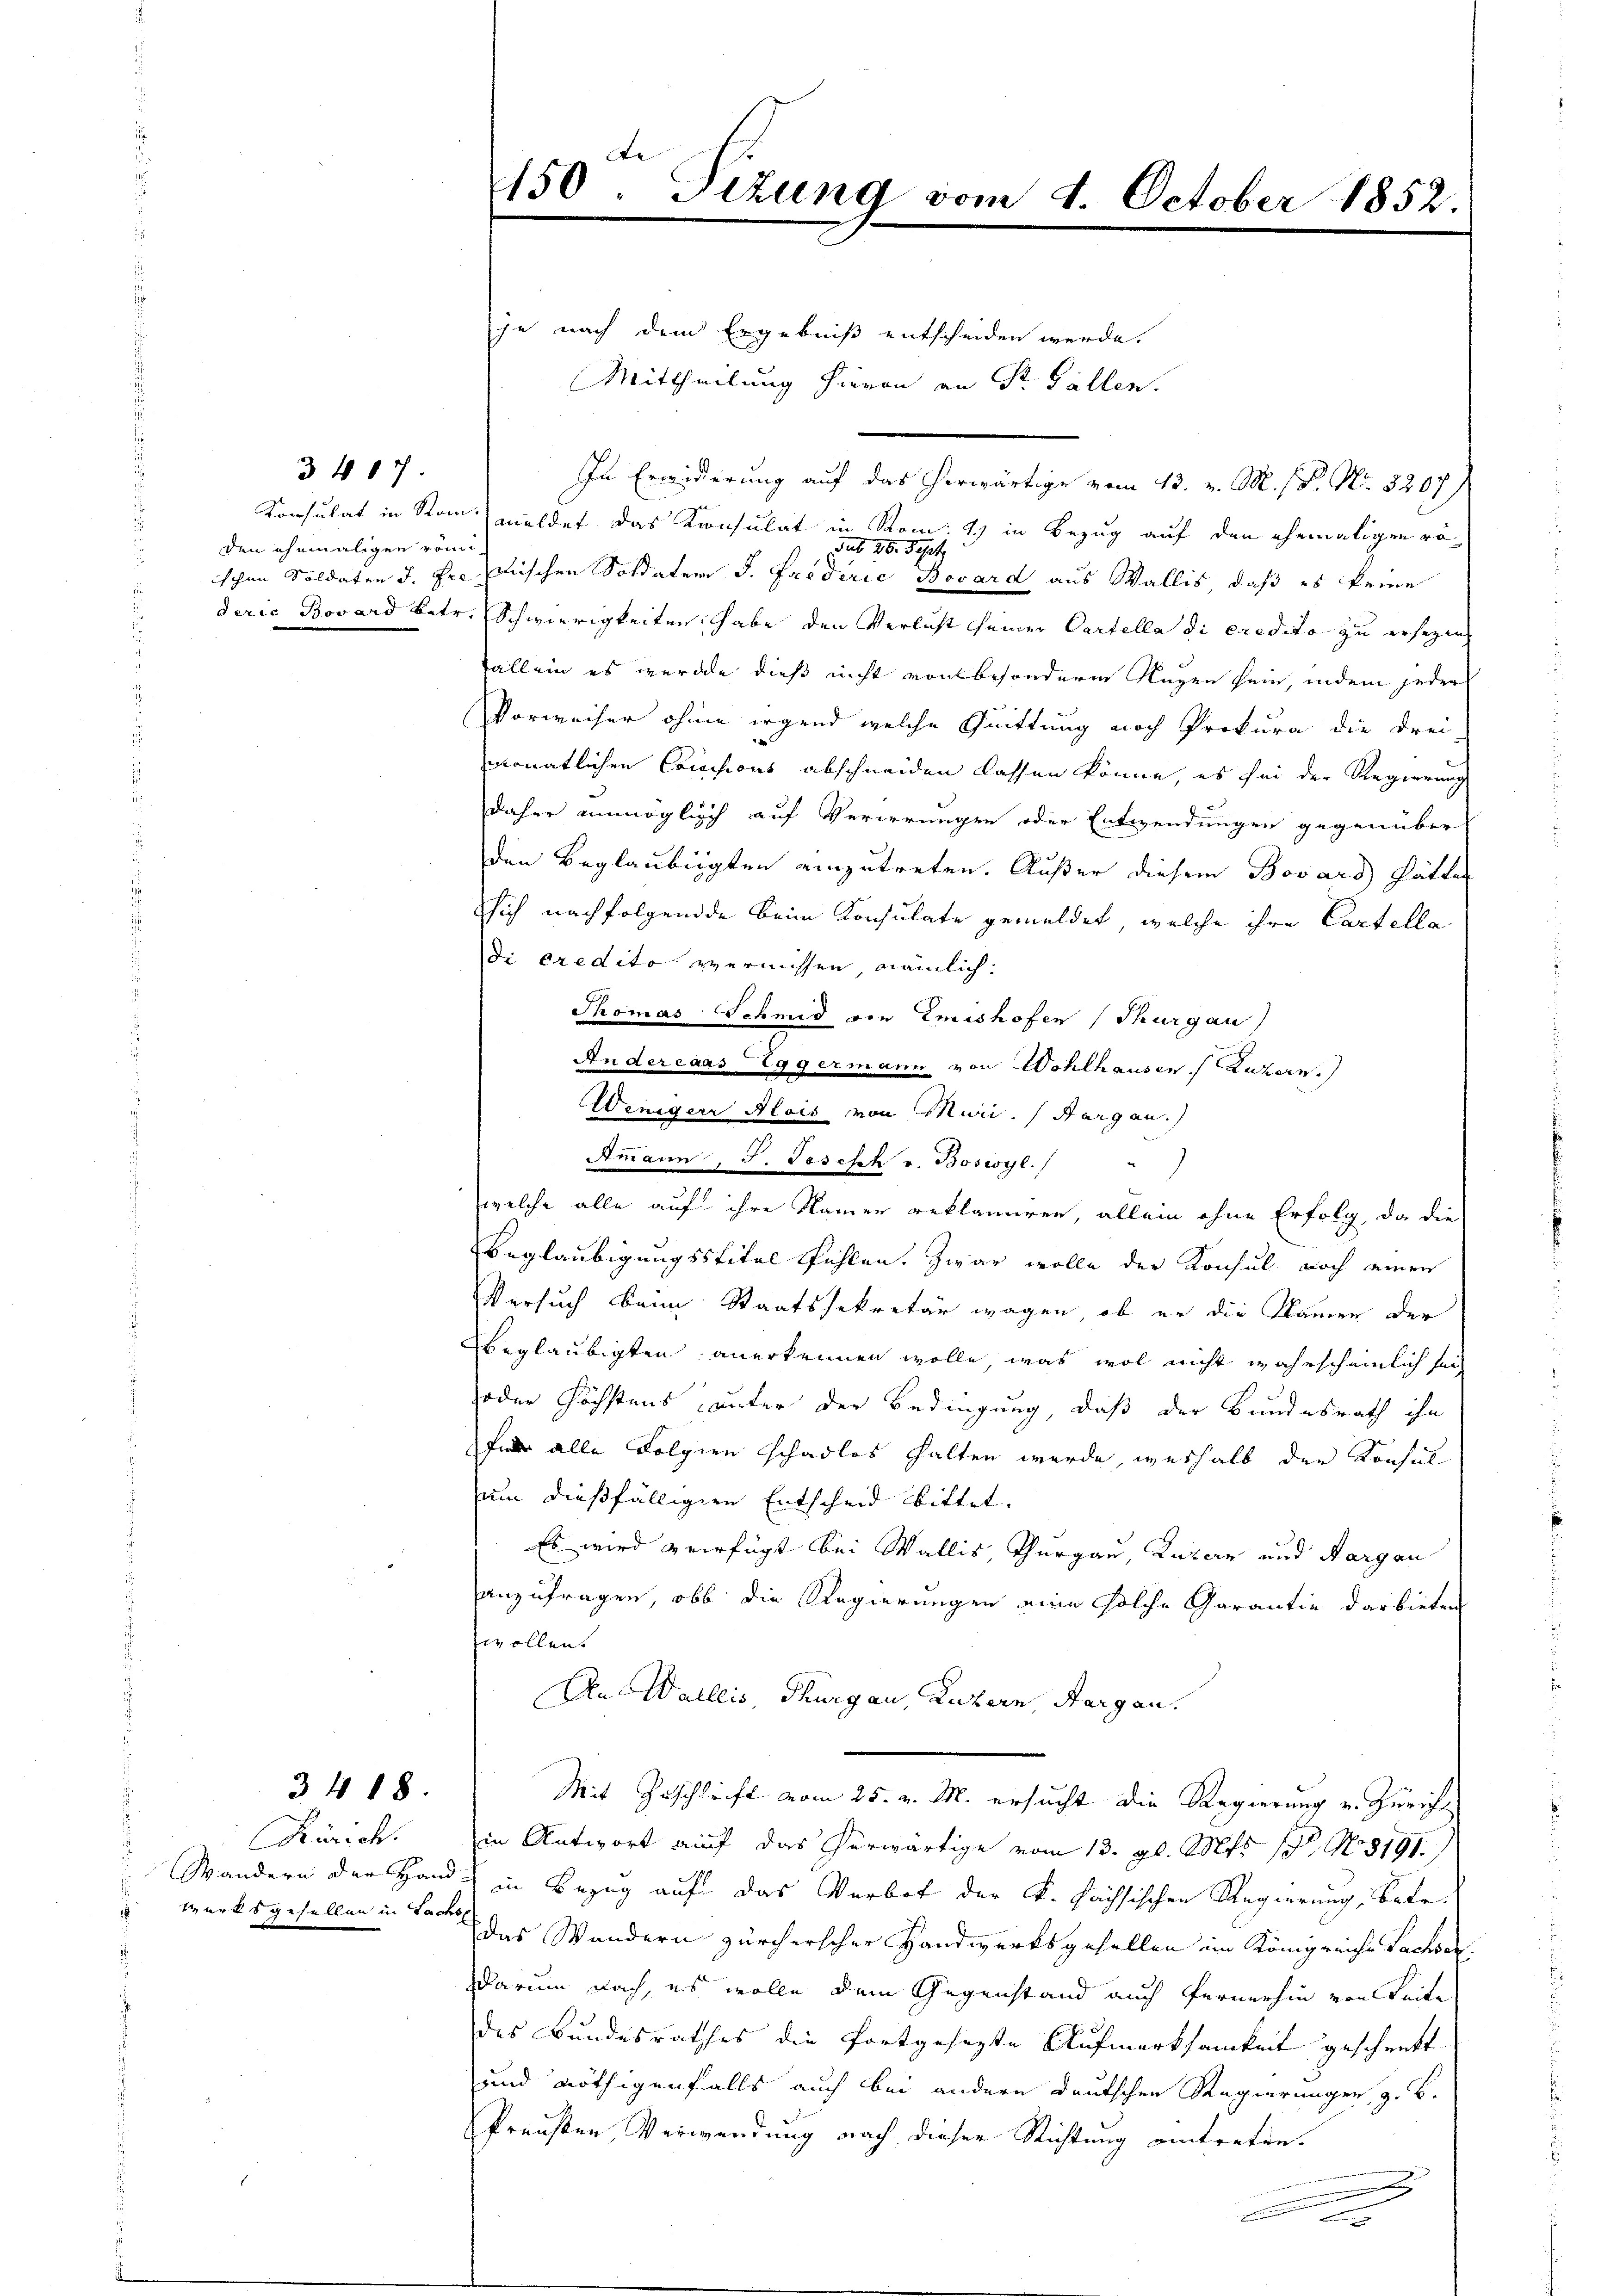
den ehemaligen rein¬

3 407.

3418.

Zürich.
Wandern der Hand
Werks gesellen in Sachs

je nach dem Ergebniß entscheiden werde.
In Erwiderung auf das herwärtige vom 13. v. M. s P. Nr. 3207/
Konsulat in Ston meldet das Konsulat in Rom: 1) in Bezug auf den ehemaligen rö¬
Sub 20. Sept.
schen Soldaten J. Frenischen Soldaten S. Friderie Bovard aus Wallis, daß es keine
derie Bovard betr. Schwierigkeiten habe den Verlust seiner Cartella di eredito zu ersezen
Tallein es wurde dieß nicht von besondere Regen sein, indem jeder
Vorweiser ohnen irgend welche Quittung noch Prokura die drei
monatlichen Comisions abschneiden lassen könne, es sei der Regierung
daher unmöglich auf Verirrungen oder Entwendungen gegenüber
den Beglaubigten einzutreten. Außer diesem Bovars hätte
sich nachfolgende beim Konsulate gemeldet, welche ihre Cartella
di eredito vernissen, nämlich.
Thomas Schmid von Emishofen (Thurgau
Andercaas - Eggermann von Wohlhausen Luzern.
Ammann. J. Jesisch v. Boswyl./
welche alle auf ihre Namen reklamiren, allein ohne Erfolg, da die
Beglaubigungsstitel fühlen. Zwar wolle der Konsul noch einer
Versuch beim Staatssekretär wagen, ob er die Namen der
beglaubigten anerkennen wolle, was wol nicht wahrscheinlich sei
oder höchstens unter der Bedingung, daß der Bundesrath ihn
für alle Folgien schadlos halten werde, weshalb der Konsul
um dießfälligen Entscheid bittet.
Es wird verfügt bei Wallis, Thurgau, Luzern und Aargau
anzufragen, ob die Regierungen eine solche Garantie darbieten
wollen.
An Wallis, Thurgau, Luzern, Aargau.
Mit Zuschrift vom 25. v. M. ersucht die Regierung u. Züricht
in Antwort auf das herwärtige vom 13. gl. Mts. 15. No 8191.
 in Bezug auf das Verbot der k. Fachsischen Regierung, betr.
das Wandern zürcherscher Handwerksgesellen im Königreiche Sachsen
darum nach, es wolle dem Gegenstand auch Fernerhin von Seite
des Bundesrathes die fortgesezte Aufmerksamkeit geschenkt.
und nöthigenfalls auch bei andern deutschen Regierungen, z. B.
Preußen, Verwendung nach dieser Richtung eintreten.

150. Sizung vom 4. October 1852.

Wenigern Alois von Mevii. (Kargau.

Mittheilung hievon an Dr. Fällen.